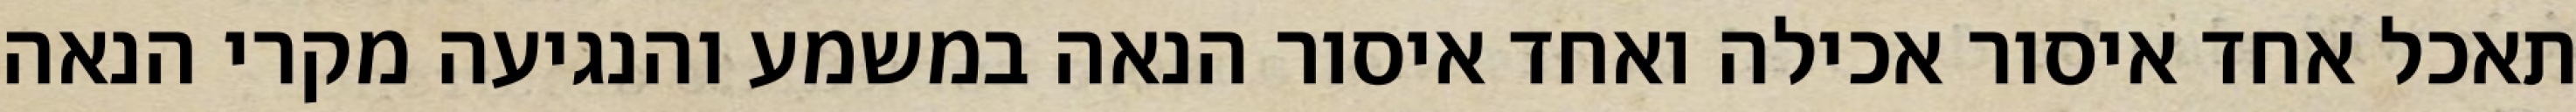
תאכל אחד איסור אכילה ואחד איסור הנאה במשמע והנגיעה מקרי הנאה